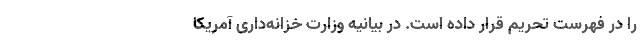
را در فهرست تحریم قرار داده است. در بیانیه وزارت خزانه‌داری آمریکا